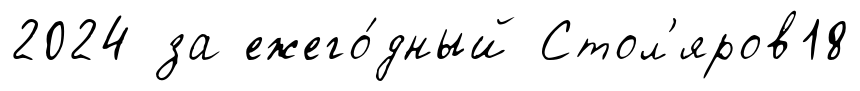
2024 за ежего́дный Стол'яров18